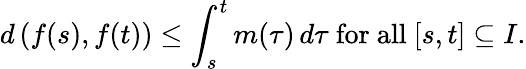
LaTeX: d\left(f(s),f(t)\right)\leq\int_{s}^{t}m(\tau)\, d\tau{\mathrm{~for~all~}}[s,t]\subseteq I.